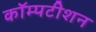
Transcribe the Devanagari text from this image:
कॉम्पटीशन